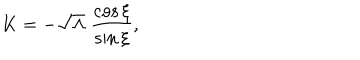
K = - \sqrt { \Lambda } \; \frac { \cos \xi } { \sin \xi } ,